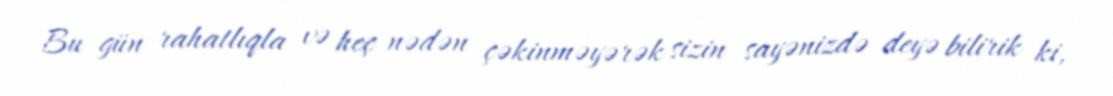
Bu gün rahatlıqla və heç nədən çəkinməyərək sizin sayənizdə deyə bilirik ki,